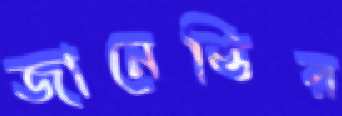
জানেত্তির